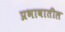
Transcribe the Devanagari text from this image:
प्रभावातील